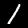
Label: 1